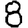
Digit: 8